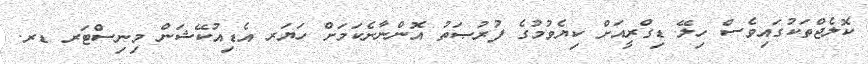
ކޮލެޖްތަކުގައިވެސް ހިލޭ ޑިގްރީއަށް ކިޔެވުމުގެ ފުރުޞަތު އޮންނާނެކަމަށް ހަޔަރ އެޑިއުކޭޝަން މިނިސްޓަރ ޑރ.